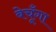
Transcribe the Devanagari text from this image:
बेचूँगा